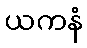
ယကနံ